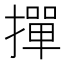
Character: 撣